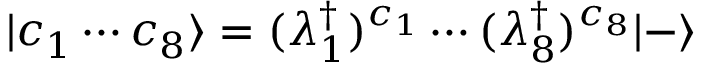
| c _ { 1 } \cdots c _ { 8 } \rangle = ( \lambda _ { 1 } ^ { \dagger } ) ^ { c _ { 1 } } \cdots ( \lambda _ { 8 } ^ { \dagger } ) ^ { c _ { 8 } } | - \rangle